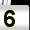
Digit: 5